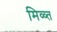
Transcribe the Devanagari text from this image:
मिळ्त